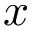
\boldsymbol { x }